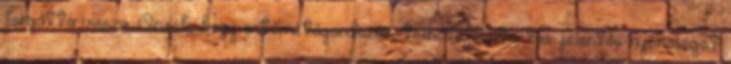
forgatta vissza. Örülök, hogy a temetőgondozás, temetőfenntartás jelentős nyereséget